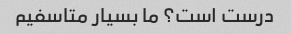
درست است؟ ما بسیار متاسفیم